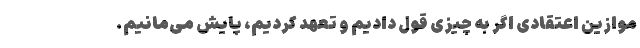
موازین اعتقادی اگر به چیزی قول دادیم و تعهد کردیم، پایش می‌مانیم.